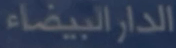
الدار البيضاء